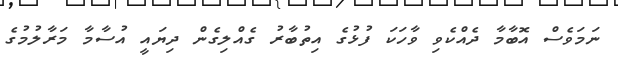
ނަމަވެސް އޮބާމާ ދެއްކެވި ވާހަކަ ފުޅުގެ އިތުބާރު ގެއްލިގެން ދިޔައީ އުސާމާ މަރާލުމުގެ